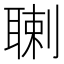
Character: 䏀